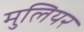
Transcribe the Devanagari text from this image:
मुलियर